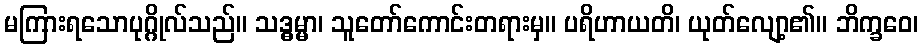
မကြားရသောပုဂ္ဂိုလ်သည်။ သဒ္ဓမ္မာ၊ သူတော်ကောင်းတရားမှ။ ပရိဟာယတိ၊ ယုတ်လျော့၏။ ဘိက္ခဝေ၊